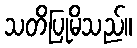
သတိပြုမိသည်။